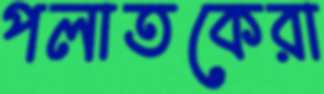
পলাতকেরা